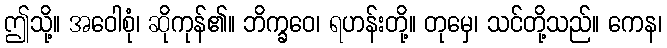
ဤသို့။ အဝေါစုံ၊ ဆိုကုန်၏။ ဘိက္ခဝေ၊ ရဟန်းတို့။ တုမှေ၊ သင်တို့သည်။ ကေန၊